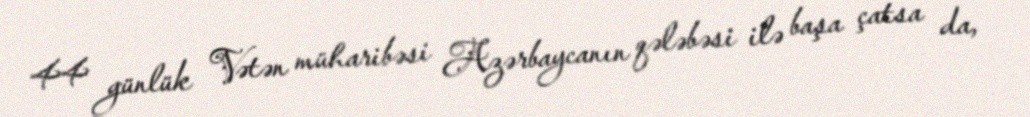
44 günlük Vətən müharibəsi Azərbaycanın qələbəsi ilə başa çatsa da,